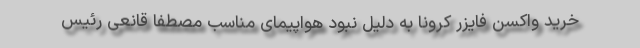
خرید واکسن فایزر کرونا به دلیل نبود هواپیمای مناسب مصطفا قانعی رئیس